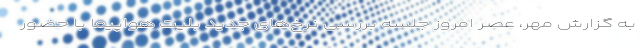
به گزارش مهر، عصر امروز جلسه بررسی نرخ‌های جدید بلیت هواپیما با حضور